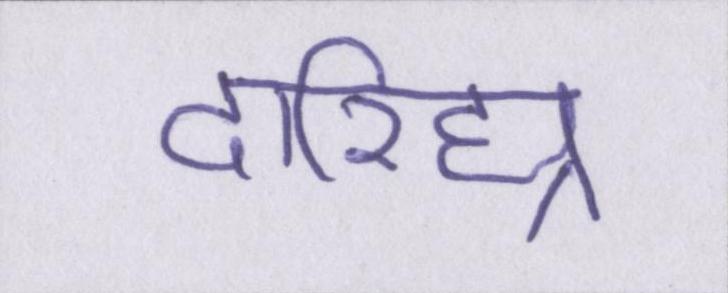
दारिद्र्य